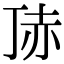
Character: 𧹚